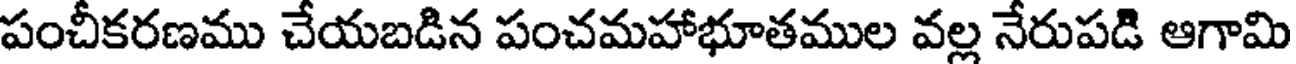
పంచీకరణము చేయబడిన పంచమహాభూతముల వల్ల నేరుపడి ఆగామి